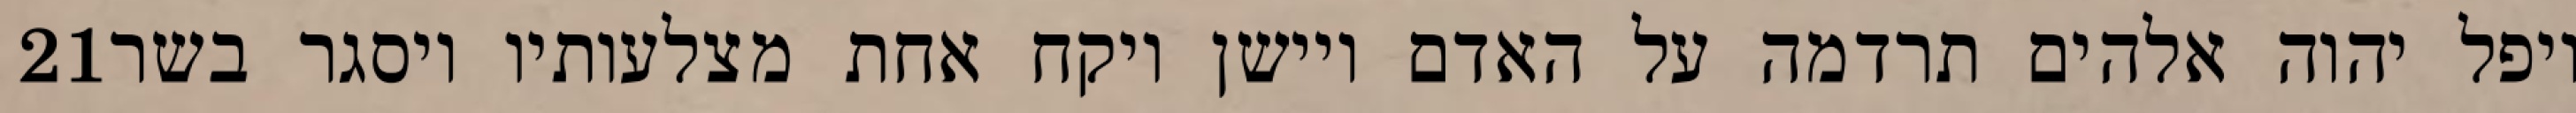
‎21‏ ויפל יהוה אלהים תרדמה על האדם ויישן ויקח אחת מצלעותיו ויסגר בשר